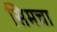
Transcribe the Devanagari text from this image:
सिमचा